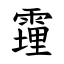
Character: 䨪